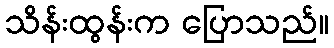
သိန်းထွန်းက ပြောသည်။